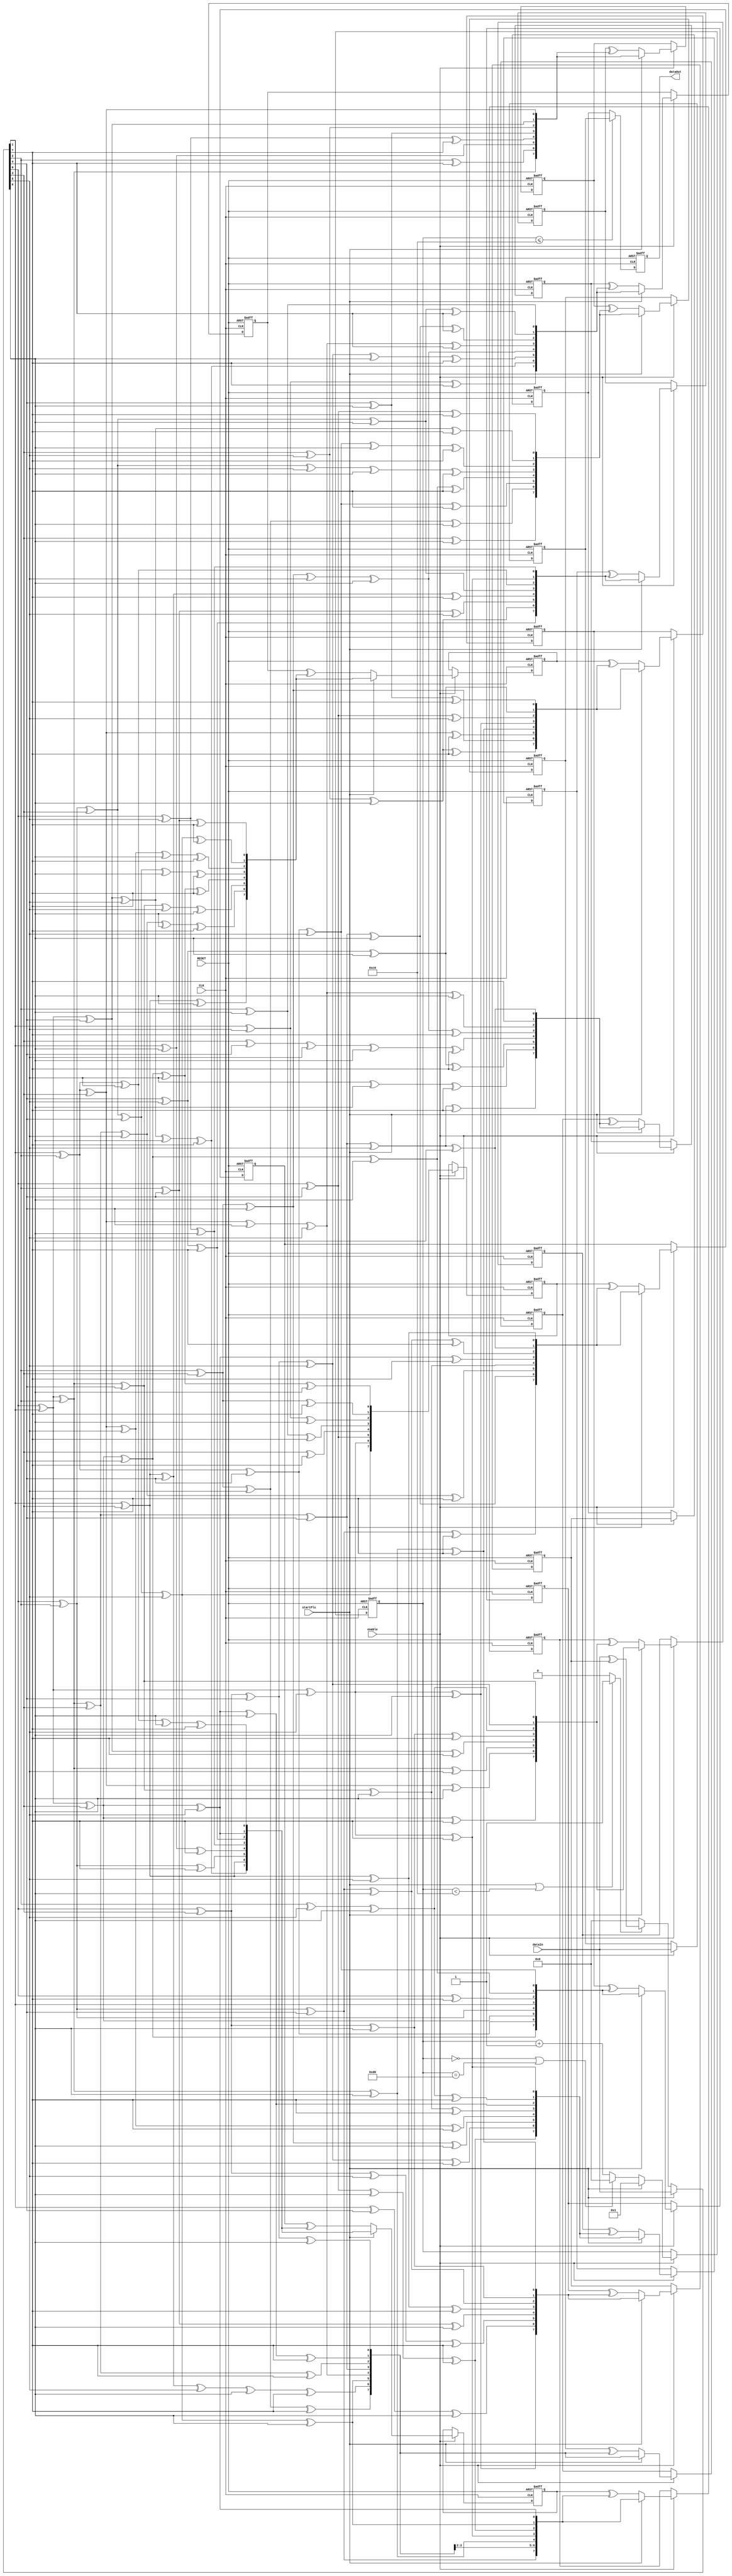
//===================================================================
// Module Name : RsEncodeTop
// Function    : Rs Encoder Top Module
// 
// Revision History:
// Date          By           Version    Change Description
//===================================================================
// 2009/02/03  Gael Sapience     1.0       Original
//
//===================================================================
// (C) COPYRIGHT 2009 SYSTEM LSI CO., Ltd.
//


module RsEncodeTop(
   CLK,        // system clock
   RESET,      // system reset
   enable,     // rs encoder enable signal
   startPls,   // rs encoder sync signal
   dataIn,     // rs encoder data in
   dataOut     // rs encoder data out
);


   input          CLK;        // system clock
   input          RESET;      // system reset
   input          enable;     // rs encoder enable signal
   input          startPls;   // rs encoder sync signal
   input  [7:0]   dataIn;     // rs encoder data in
   output [7:0]   dataOut;    // rs encoder data out



   //---------------------------------------------------------------
   //- registers
   //---------------------------------------------------------------
   reg  [7:0]   count;
   reg          dataValid;
   reg  [7:0]   feedbackReg;
   wire [7:0]   mult_0;
   wire [7:0]   mult_1;
   wire [7:0]   mult_2;
   wire [7:0]   mult_3;
   wire [7:0]   mult_4;
   wire [7:0]   mult_5;
   wire [7:0]   mult_6;
   wire [7:0]   mult_7;
   wire [7:0]   mult_8;
   wire [7:0]   mult_9;
   wire [7:0]   mult_10;
   wire [7:0]   mult_11;
   wire [7:0]   mult_12;
   wire [7:0]   mult_13;
   wire [7:0]   mult_14;
   wire [7:0]   mult_15;
   reg  [7:0]   syndromeReg_0;
   reg  [7:0]   syndromeReg_1;
   reg  [7:0]   syndromeReg_2;
   reg  [7:0]   syndromeReg_3;
   reg  [7:0]   syndromeReg_4;
   reg  [7:0]   syndromeReg_5;
   reg  [7:0]   syndromeReg_6;
   reg  [7:0]   syndromeReg_7;
   reg  [7:0]   syndromeReg_8;
   reg  [7:0]   syndromeReg_9;
   reg  [7:0]   syndromeReg_10;
   reg  [7:0]   syndromeReg_11;
   reg  [7:0]   syndromeReg_12;
   reg  [7:0]   syndromeReg_13;
   reg  [7:0]   syndromeReg_14;
   reg  [7:0]   syndromeReg_15;
   reg  [7:0]   dataReg;
   reg  [7:0]   syndromeRegFF;
   reg  [7:0]   wireOut;



   //---------------------------------------------------------------
   //- count
   //---------------------------------------------------------------
   always @(posedge CLK or negedge RESET) begin
      if (~RESET) begin
         count [7:0] <= 8'd0;
      end
      else if (enable == 1'b1) begin
         if (startPls == 1'b1) begin
            count[7:0] <= 8'd1;
         end
         else if ((count[7:0] ==8'd0) || (count[7:0] ==8'd208)) begin
            count[7:0] <= 8'd0;
         end
         else begin
            count[7:0] <= count[7:0] + 8'd1;
         end
      end
   end



   //---------------------------------------------------------------
   //- dataValid
   //---------------------------------------------------------------
   always @(count or startPls) begin
      if (startPls == 1'b1 || (count[7:0] < 8'd192)) begin
         dataValid = 1'b1;
      end
      else begin
         dataValid = 1'b0;
      end
   end




   //---------------------------------------------------------------
   //- Multipliers
   //---------------------------------------------------------------
   assign mult_12[0] =  feedbackReg[2] ^ feedbackReg[4] ^ feedbackReg[7];
   assign mult_12[1] =  feedbackReg[0] ^ feedbackReg[2] ^ feedbackReg[3] ^ feedbackReg[4] ^ feedbackReg[5] ^ feedbackReg[7];
   assign mult_12[2] =  feedbackReg[1] ^ feedbackReg[2] ^ feedbackReg[3] ^ feedbackReg[5] ^ feedbackReg[6] ^ feedbackReg[7];
   assign mult_12[3] =  feedbackReg[0] ^ feedbackReg[2] ^ feedbackReg[3] ^ feedbackReg[4] ^ feedbackReg[6] ^ feedbackReg[7];
   assign mult_12[4] =  feedbackReg[0] ^ feedbackReg[1] ^ feedbackReg[3] ^ feedbackReg[4] ^ feedbackReg[5] ^ feedbackReg[7];
   assign mult_12[5] =  feedbackReg[0] ^ feedbackReg[1] ^ feedbackReg[2] ^ feedbackReg[4] ^ feedbackReg[5] ^ feedbackReg[6];
   assign mult_12[6] =  feedbackReg[0] ^ feedbackReg[1] ^ feedbackReg[2] ^ feedbackReg[3] ^ feedbackReg[5] ^ feedbackReg[6] ^ feedbackReg[7];
   assign mult_12[7] =  feedbackReg[1] ^ feedbackReg[3] ^ feedbackReg[6];
   assign mult_5[0] =  feedbackReg[0] ^ feedbackReg[1] ^ feedbackReg[5] ^ feedbackReg[7];
   assign mult_5[1] =  feedbackReg[2] ^ feedbackReg[5] ^ feedbackReg[6] ^ feedbackReg[7];
   assign mult_5[2] =  feedbackReg[0] ^ feedbackReg[1] ^ feedbackReg[3] ^ feedbackReg[5] ^ feedbackReg[6];
   assign mult_5[3] =  feedbackReg[0] ^ feedbackReg[1] ^ feedbackReg[2] ^ feedbackReg[4] ^ feedbackReg[6] ^ feedbackReg[7];
   assign mult_5[4] =  feedbackReg[1] ^ feedbackReg[2] ^ feedbackReg[3] ^ feedbackReg[5] ^ feedbackReg[7];
   assign mult_5[5] =  feedbackReg[2] ^ feedbackReg[3] ^ feedbackReg[4] ^ feedbackReg[6];
   assign mult_5[6] =  feedbackReg[0] ^ feedbackReg[3] ^ feedbackReg[4] ^ feedbackReg[5] ^ feedbackReg[7];
   assign mult_5[7] =  feedbackReg[0] ^ feedbackReg[4] ^ feedbackReg[6] ^ feedbackReg[7];
   assign mult_8[0] =  feedbackReg[0] ^ feedbackReg[4] ^ feedbackReg[7];
   assign mult_8[1] =  feedbackReg[0] ^ feedbackReg[1] ^ feedbackReg[4] ^ feedbackReg[5] ^ feedbackReg[7];
   assign mult_8[2] =  feedbackReg[1] ^ feedbackReg[2] ^ feedbackReg[4] ^ feedbackReg[5] ^ feedbackReg[6] ^ feedbackReg[7];
   assign mult_8[3] =  feedbackReg[0] ^ feedbackReg[2] ^ feedbackReg[3] ^ feedbackReg[5] ^ feedbackReg[6] ^ feedbackReg[7];
   assign mult_8[4] =  feedbackReg[0] ^ feedbackReg[1] ^ feedbackReg[3] ^ feedbackReg[4] ^ feedbackReg[6] ^ feedbackReg[7];
   assign mult_8[5] =  feedbackReg[1] ^ feedbackReg[2] ^ feedbackReg[4] ^ feedbackReg[5] ^ feedbackReg[7];
   assign mult_8[6] =  feedbackReg[2] ^ feedbackReg[3] ^ feedbackReg[5] ^ feedbackReg[6];
   assign mult_8[7] =  feedbackReg[3] ^ feedbackReg[6];
   assign mult_1[0] =  feedbackReg[1] ^ feedbackReg[3] ^ feedbackReg[5];
   assign mult_1[1] =  feedbackReg[0] ^ feedbackReg[1] ^ feedbackReg[2] ^ feedbackReg[3] ^ feedbackReg[4] ^ feedbackReg[5] ^ feedbackReg[6];
   assign mult_1[2] =  feedbackReg[0] ^ feedbackReg[2] ^ feedbackReg[4] ^ feedbackReg[6] ^ feedbackReg[7];
   assign mult_1[3] =  feedbackReg[0] ^ feedbackReg[1] ^ feedbackReg[3] ^ feedbackReg[5] ^ feedbackReg[7];
   assign mult_1[4] =  feedbackReg[0] ^ feedbackReg[1] ^ feedbackReg[2] ^ feedbackReg[4] ^ feedbackReg[6];
   assign mult_1[5] =  feedbackReg[0] ^ feedbackReg[1] ^ feedbackReg[2] ^ feedbackReg[3] ^ feedbackReg[5] ^ feedbackReg[7];
   assign mult_1[6] =  feedbackReg[0] ^ feedbackReg[1] ^ feedbackReg[2] ^ feedbackReg[3] ^ feedbackReg[4] ^ feedbackReg[6];
   assign mult_1[7] =  feedbackReg[0] ^ feedbackReg[2] ^ feedbackReg[4] ^ feedbackReg[7];
   assign mult_4[0] =  feedbackReg[0] ^ feedbackReg[1] ^ feedbackReg[2] ^ feedbackReg[4];
   assign mult_4[1] =  feedbackReg[0] ^ feedbackReg[3] ^ feedbackReg[4] ^ feedbackReg[5];
   assign mult_4[2] =  feedbackReg[2] ^ feedbackReg[5] ^ feedbackReg[6];
   assign mult_4[3] =  feedbackReg[0] ^ feedbackReg[3] ^ feedbackReg[6] ^ feedbackReg[7];
   assign mult_4[4] =  feedbackReg[0] ^ feedbackReg[1] ^ feedbackReg[4] ^ feedbackReg[7];
   assign mult_4[5] =  feedbackReg[0] ^ feedbackReg[1] ^ feedbackReg[2] ^ feedbackReg[5];
   assign mult_4[6] =  feedbackReg[1] ^ feedbackReg[2] ^ feedbackReg[3] ^ feedbackReg[6];
   assign mult_4[7] =  feedbackReg[0] ^ feedbackReg[1] ^ feedbackReg[3] ^ feedbackReg[7];
   assign mult_2[0] =  feedbackReg[1] ^ feedbackReg[2] ^ feedbackReg[5] ^ feedbackReg[6] ^ feedbackReg[7];
   assign mult_2[1] =  feedbackReg[0] ^ feedbackReg[1] ^ feedbackReg[3] ^ feedbackReg[5];
   assign mult_2[2] =  feedbackReg[4] ^ feedbackReg[5] ^ feedbackReg[7];
   assign mult_2[3] =  feedbackReg[0] ^ feedbackReg[5] ^ feedbackReg[6];
   assign mult_2[4] =  feedbackReg[1] ^ feedbackReg[6] ^ feedbackReg[7];
   assign mult_2[5] =  feedbackReg[0] ^ feedbackReg[2] ^ feedbackReg[7];
   assign mult_2[6] =  feedbackReg[1] ^ feedbackReg[3];
   assign mult_2[7] =  feedbackReg[0] ^ feedbackReg[1] ^ feedbackReg[4] ^ feedbackReg[5] ^ feedbackReg[6] ^ feedbackReg[7];
   assign mult_13[0] =  feedbackReg[4] ^ feedbackReg[6] ^ feedbackReg[7];
   assign mult_13[1] =  feedbackReg[4] ^ feedbackReg[5] ^ feedbackReg[6];
   assign mult_13[2] =  feedbackReg[0] ^ feedbackReg[4] ^ feedbackReg[5];
   assign mult_13[3] =  feedbackReg[0] ^ feedbackReg[1] ^ feedbackReg[5] ^ feedbackReg[6];
   assign mult_13[4] =  feedbackReg[0] ^ feedbackReg[1] ^ feedbackReg[2] ^ feedbackReg[6] ^ feedbackReg[7];
   assign mult_13[5] =  feedbackReg[1] ^ feedbackReg[2] ^ feedbackReg[3] ^ feedbackReg[7];
   assign mult_13[6] =  feedbackReg[2] ^ feedbackReg[3] ^ feedbackReg[4];
   assign mult_13[7] =  feedbackReg[3] ^ feedbackReg[5] ^ feedbackReg[6] ^ feedbackReg[7];
   assign mult_0[0] =  feedbackReg[0] ^ feedbackReg[1] ^ feedbackReg[3] ^ feedbackReg[4] ^ feedbackReg[5] ^ feedbackReg[6];
   assign mult_0[1] =  feedbackReg[2] ^ feedbackReg[3] ^ feedbackReg[7];
   assign mult_0[2] =  feedbackReg[1] ^ feedbackReg[5] ^ feedbackReg[6];
   assign mult_0[3] =  feedbackReg[2] ^ feedbackReg[6] ^ feedbackReg[7];
   assign mult_0[4] =  feedbackReg[3] ^ feedbackReg[7];
   assign mult_0[5] =  feedbackReg[0] ^ feedbackReg[4];
   assign mult_0[6] =  feedbackReg[0] ^ feedbackReg[1] ^ feedbackReg[5];
   assign mult_0[7] =  feedbackReg[0] ^ feedbackReg[2] ^ feedbackReg[3] ^ feedbackReg[4] ^ feedbackReg[5];
   assign mult_10[0] =  feedbackReg[0] ^ feedbackReg[1] ^ feedbackReg[2] ^ feedbackReg[3] ^ feedbackReg[4] ^ feedbackReg[5] ^ feedbackReg[6];
   assign mult_10[1] =  feedbackReg[7];
   assign mult_10[2] =  feedbackReg[1] ^ feedbackReg[2] ^ feedbackReg[3] ^ feedbackReg[4] ^ feedbackReg[5] ^ feedbackReg[6];
   assign mult_10[3] =  feedbackReg[2] ^ feedbackReg[3] ^ feedbackReg[4] ^ feedbackReg[5] ^ feedbackReg[6] ^ feedbackReg[7];
   assign mult_10[4] =  feedbackReg[3] ^ feedbackReg[4] ^ feedbackReg[5] ^ feedbackReg[6] ^ feedbackReg[7];
   assign mult_10[5] =  feedbackReg[4] ^ feedbackReg[5] ^ feedbackReg[6] ^ feedbackReg[7];
   assign mult_10[6] =  feedbackReg[5] ^ feedbackReg[6] ^ feedbackReg[7];
   assign mult_10[7] =  feedbackReg[0] ^ feedbackReg[1] ^ feedbackReg[2] ^ feedbackReg[3] ^ feedbackReg[4] ^ feedbackReg[5] ^ feedbackReg[7];
   assign mult_9[0] =  feedbackReg[0] ^ feedbackReg[3] ^ feedbackReg[4] ^ feedbackReg[6];
   assign mult_9[1] =  feedbackReg[0] ^ feedbackReg[1] ^ feedbackReg[3] ^ feedbackReg[5] ^ feedbackReg[6] ^ feedbackReg[7];
   assign mult_9[2] =  feedbackReg[0] ^ feedbackReg[1] ^ feedbackReg[2] ^ feedbackReg[3] ^ feedbackReg[7];
   assign mult_9[3] =  feedbackReg[0] ^ feedbackReg[1] ^ feedbackReg[2] ^ feedbackReg[3] ^ feedbackReg[4];
   assign mult_9[4] =  feedbackReg[1] ^ feedbackReg[2] ^ feedbackReg[3] ^ feedbackReg[4] ^ feedbackReg[5];
   assign mult_9[5] =  feedbackReg[0] ^ feedbackReg[2] ^ feedbackReg[3] ^ feedbackReg[4] ^ feedbackReg[5] ^ feedbackReg[6];
   assign mult_9[6] =  feedbackReg[1] ^ feedbackReg[3] ^ feedbackReg[4] ^ feedbackReg[5] ^ feedbackReg[6] ^ feedbackReg[7];
   assign mult_9[7] =  feedbackReg[2] ^ feedbackReg[3] ^ feedbackReg[5] ^ feedbackReg[7];
   assign mult_3[0] =  feedbackReg[0] ^ feedbackReg[1] ^ feedbackReg[3] ^ feedbackReg[5];
   assign mult_3[1] =  feedbackReg[0] ^ feedbackReg[2] ^ feedbackReg[3] ^ feedbackReg[4] ^ feedbackReg[5] ^ feedbackReg[6];
   assign mult_3[2] =  feedbackReg[0] ^ feedbackReg[4] ^ feedbackReg[6] ^ feedbackReg[7];
   assign mult_3[3] =  feedbackReg[0] ^ feedbackReg[1] ^ feedbackReg[5] ^ feedbackReg[7];
   assign mult_3[4] =  feedbackReg[0] ^ feedbackReg[1] ^ feedbackReg[2] ^ feedbackReg[6];
   assign mult_3[5] =  feedbackReg[0] ^ feedbackReg[1] ^ feedbackReg[2] ^ feedbackReg[3] ^ feedbackReg[7];
   assign mult_3[6] =  feedbackReg[0] ^ feedbackReg[1] ^ feedbackReg[2] ^ feedbackReg[3] ^ feedbackReg[4];
   assign mult_3[7] =  feedbackReg[0] ^ feedbackReg[2] ^ feedbackReg[4];
   assign mult_6[0] =  feedbackReg[0] ^ feedbackReg[5] ^ feedbackReg[6];
   assign mult_6[1] =  feedbackReg[0] ^ feedbackReg[1] ^ feedbackReg[5] ^ feedbackReg[7];
   assign mult_6[2] =  feedbackReg[1] ^ feedbackReg[2] ^ feedbackReg[5];
   assign mult_6[3] =  feedbackReg[0] ^ feedbackReg[2] ^ feedbackReg[3] ^ feedbackReg[6];
   assign mult_6[4] =  feedbackReg[1] ^ feedbackReg[3] ^ feedbackReg[4] ^ feedbackReg[7];
   assign mult_6[5] =  feedbackReg[2] ^ feedbackReg[4] ^ feedbackReg[5];
   assign mult_6[6] =  feedbackReg[3] ^ feedbackReg[5] ^ feedbackReg[6];
   assign mult_6[7] =  feedbackReg[4] ^ feedbackReg[5] ^ feedbackReg[7];
   assign mult_7[0] =  feedbackReg[1] ^ feedbackReg[2] ^ feedbackReg[3];
   assign mult_7[1] =  feedbackReg[0] ^ feedbackReg[1] ^ feedbackReg[4];
   assign mult_7[2] =  feedbackReg[3] ^ feedbackReg[5];
   assign mult_7[3] =  feedbackReg[4] ^ feedbackReg[6];
   assign mult_7[4] =  feedbackReg[0] ^ feedbackReg[5] ^ feedbackReg[7];
   assign mult_7[5] =  feedbackReg[1] ^ feedbackReg[6];
   assign mult_7[6] =  feedbackReg[2] ^ feedbackReg[7];
   assign mult_7[7] =  feedbackReg[0] ^ feedbackReg[1] ^ feedbackReg[2];
   assign mult_15[0] =  feedbackReg[0] ^ feedbackReg[1] ^ feedbackReg[2] ^ feedbackReg[6] ^ feedbackReg[7];
   assign mult_15[1] =  feedbackReg[0] ^ feedbackReg[3] ^ feedbackReg[6];
   assign mult_15[2] =  feedbackReg[0] ^ feedbackReg[2] ^ feedbackReg[4] ^ feedbackReg[6];
   assign mult_15[3] =  feedbackReg[1] ^ feedbackReg[3] ^ feedbackReg[5] ^ feedbackReg[7];
   assign mult_15[4] =  feedbackReg[2] ^ feedbackReg[4] ^ feedbackReg[6];
   assign mult_15[5] =  feedbackReg[0] ^ feedbackReg[3] ^ feedbackReg[5] ^ feedbackReg[7];
   assign mult_15[6] =  feedbackReg[1] ^ feedbackReg[4] ^ feedbackReg[6];
   assign mult_15[7] =  feedbackReg[0] ^ feedbackReg[1] ^ feedbackReg[5] ^ feedbackReg[6];
   assign mult_11[0] =  feedbackReg[2] ^ feedbackReg[6];
   assign mult_11[1] =  feedbackReg[0] ^ feedbackReg[2] ^ feedbackReg[3] ^ feedbackReg[6] ^ feedbackReg[7];
   assign mult_11[2] =  feedbackReg[0] ^ feedbackReg[1] ^ feedbackReg[2] ^ feedbackReg[3] ^ feedbackReg[4] ^ feedbackReg[6] ^ feedbackReg[7];
   assign mult_11[3] =  feedbackReg[1] ^ feedbackReg[2] ^ feedbackReg[3] ^ feedbackReg[4] ^ feedbackReg[5] ^ feedbackReg[7];
   assign mult_11[4] =  feedbackReg[2] ^ feedbackReg[3] ^ feedbackReg[4] ^ feedbackReg[5] ^ feedbackReg[6];
   assign mult_11[5] =  feedbackReg[0] ^ feedbackReg[3] ^ feedbackReg[4] ^ feedbackReg[5] ^ feedbackReg[6] ^ feedbackReg[7];
   assign mult_11[6] =  feedbackReg[0] ^ feedbackReg[1] ^ feedbackReg[4] ^ feedbackReg[5] ^ feedbackReg[6] ^ feedbackReg[7];
   assign mult_11[7] =  feedbackReg[1] ^ feedbackReg[5] ^ feedbackReg[7];
   assign mult_14[0] =  feedbackReg[1] ^ feedbackReg[2] ^ feedbackReg[4] ^ feedbackReg[5];
   assign mult_14[1] =  feedbackReg[0] ^ feedbackReg[1] ^ feedbackReg[3] ^ feedbackReg[4] ^ feedbackReg[6];
   assign mult_14[2] =  feedbackReg[0] ^ feedbackReg[7];
   assign mult_14[3] =  feedbackReg[1];
   assign mult_14[4] =  feedbackReg[0] ^ feedbackReg[2];
   assign mult_14[5] =  feedbackReg[0] ^ feedbackReg[1] ^ feedbackReg[3];
   assign mult_14[6] =  feedbackReg[1] ^ feedbackReg[2] ^ feedbackReg[4];
   assign mult_14[7] =  feedbackReg[0] ^ feedbackReg[1] ^ feedbackReg[3] ^ feedbackReg[4];



   //---------------------------------------------------------------
   //- syndromeReg
   //---------------------------------------------------------------
   always @(posedge CLK or negedge RESET) begin
      if (~RESET) begin
         syndromeReg_0 [7:0]  <= 8'd0;
         syndromeReg_1 [7:0]  <= 8'd0;
         syndromeReg_2 [7:0]  <= 8'd0;
         syndromeReg_3 [7:0]  <= 8'd0;
         syndromeReg_4 [7:0]  <= 8'd0;
         syndromeReg_5 [7:0]  <= 8'd0;
         syndromeReg_6 [7:0]  <= 8'd0;
         syndromeReg_7 [7:0]  <= 8'd0;
         syndromeReg_8 [7:0]  <= 8'd0;
         syndromeReg_9 [7:0]  <= 8'd0;
         syndromeReg_10 [7:0] <= 8'd0;
         syndromeReg_11 [7:0] <= 8'd0;
         syndromeReg_12 [7:0] <= 8'd0;
         syndromeReg_13 [7:0] <= 8'd0;
         syndromeReg_14 [7:0] <= 8'd0;
         syndromeReg_15 [7:0] <= 8'd0;
      end
      else if (enable == 1'b1) begin
         if (startPls == 1'b1) begin
            syndromeReg_0 [7:0]  <= mult_0 [7:0];
            syndromeReg_1 [7:0]  <= mult_1 [7:0];
            syndromeReg_2 [7:0]  <= mult_2 [7:0];
            syndromeReg_3 [7:0]  <= mult_3 [7:0];
            syndromeReg_4 [7:0]  <= mult_4 [7:0];
            syndromeReg_5 [7:0]  <= mult_5 [7:0];
            syndromeReg_6 [7:0]  <= mult_6 [7:0];
            syndromeReg_7 [7:0]  <= mult_7 [7:0];
            syndromeReg_8 [7:0]  <= mult_8 [7:0];
            syndromeReg_9 [7:0]  <= mult_9 [7:0];
            syndromeReg_10 [7:0] <= mult_10 [7:0];
            syndromeReg_11 [7:0] <= mult_11 [7:0];
            syndromeReg_12 [7:0] <= mult_12 [7:0];
            syndromeReg_13 [7:0] <= mult_13 [7:0];
            syndromeReg_14 [7:0] <= mult_14 [7:0];
            syndromeReg_15 [7:0] <= mult_15 [7:0];
         end
         else begin
            syndromeReg_0 [7:0]  <= mult_0 [7:0];
            syndromeReg_1 [7:0]  <= (syndromeReg_0 [7:0] ^ mult_1 [7:0]);
            syndromeReg_2 [7:0]  <= (syndromeReg_1 [7:0] ^ mult_2 [7:0]);
            syndromeReg_3 [7:0]  <= (syndromeReg_2 [7:0] ^ mult_3 [7:0]);
            syndromeReg_4 [7:0]  <= (syndromeReg_3 [7:0] ^ mult_4 [7:0]);
            syndromeReg_5 [7:0]  <= (syndromeReg_4 [7:0] ^ mult_5 [7:0]);
            syndromeReg_6 [7:0]  <= (syndromeReg_5 [7:0] ^ mult_6 [7:0]);
            syndromeReg_7 [7:0]  <= (syndromeReg_6 [7:0] ^ mult_7 [7:0]);
            syndromeReg_8 [7:0]  <= (syndromeReg_7 [7:0] ^ mult_8 [7:0]);
            syndromeReg_9 [7:0]  <= (syndromeReg_8 [7:0] ^ mult_9 [7:0]);
            syndromeReg_10 [7:0] <= (syndromeReg_9 [7:0] ^ mult_10 [7:0]);
            syndromeReg_11 [7:0] <= (syndromeReg_10 [7:0] ^ mult_11 [7:0]);
            syndromeReg_12 [7:0] <= (syndromeReg_11 [7:0] ^ mult_12 [7:0]);
            syndromeReg_13 [7:0] <= (syndromeReg_12 [7:0] ^ mult_13 [7:0]);
            syndromeReg_14 [7:0] <= (syndromeReg_13 [7:0] ^ mult_14 [7:0]);
            syndromeReg_15 [7:0] <= (syndromeReg_14 [7:0] ^ mult_15 [7:0]);
         end
      end
   end



   //---------------------------------------------------------------
   //- feedbackReg
   //---------------------------------------------------------------
   always @( startPls, dataValid, dataIn, syndromeReg_15 ) begin
      if (startPls == 1'b1) begin
         feedbackReg[7:0] = dataIn[7:0];
      end
      else if (dataValid == 1'b1) begin
         feedbackReg [7:0] = dataIn[7:0] ^  syndromeReg_15 [7:0];
      end
      else begin
         feedbackReg [7:0] =  8'd0;
      end
   end



   //---------------------------------------------------------------
   //- dataReg syndromeRegFF
   //---------------------------------------------------------------
   always @(posedge CLK, negedge RESET) begin
      if (~RESET) begin
         dataReg [7:0] <= 8'd0;
         syndromeRegFF  [7:0] <= 8'd0;
      end
      else if (enable == 1'b1) begin
         dataReg [7:0] <=  dataIn [7:0];
         syndromeRegFF  [7:0] <=  syndromeReg_15 [7:0];
      end
   end



   //---------------------------------------------------------------
   //- wireOut
   //---------------------------------------------------------------
   always @( count, dataReg, syndromeRegFF) begin
      if (count [7:0]<= 8'd192) begin
         wireOut[7:0] = dataReg[7:0];
      end
      else begin
         wireOut[7:0] = syndromeRegFF[7:0];
      end
   end



   //---------------------------------------------------------------
   //- dataOutInner
   //---------------------------------------------------------------
   reg [7:0]   dataOutInner;
   always @(posedge CLK, negedge RESET) begin
      if (~RESET) begin
         dataOutInner <= 8'd0;
      end
      else begin
         dataOutInner <= wireOut;
      end
   end



   //---------------------------------------------------------------
   //- Output ports
   //---------------------------------------------------------------
   assign dataOut = dataOutInner;



endmodule